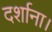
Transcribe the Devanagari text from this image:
दर्शाना।